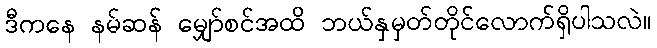
ဒီကနေ နမ်ဆန် မျှော်စင်အထိ ဘယ်နှမှတ်တိုင်လောက်ရှိပါသလဲ။